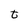
Character: t